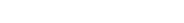
٢١٨